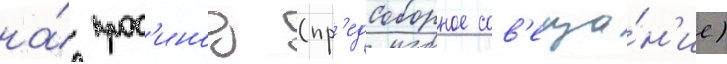
на́ прос'инод (пр'едсоборное сов'еща́н'ие)